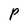
Character: P